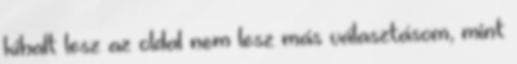
kihalt lesz az oldal nem lesz más választásom, mint